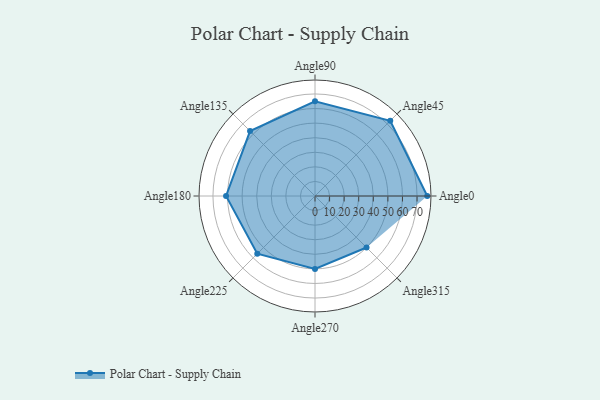
{"axis": {"x": "Angle", "y": "Radius"}, "legend": [""], "data": [{"x": "Angle0", "y": 77.0, "type": ""}, {"x": "Angle45", "y": 73.0, "type": ""}, {"x": "Angle90", "y": 65.0, "type": ""}, {"x": "Angle135", "y": 63.0, "type": ""}, {"x": "Angle180", "y": 61.0, "type": ""}, {"x": "Angle225", "y": 56.0, "type": ""}, {"x": "Angle270", "y": 50, "type": ""}, {"x": "Angle315", "y": 50, "type": ""}]}